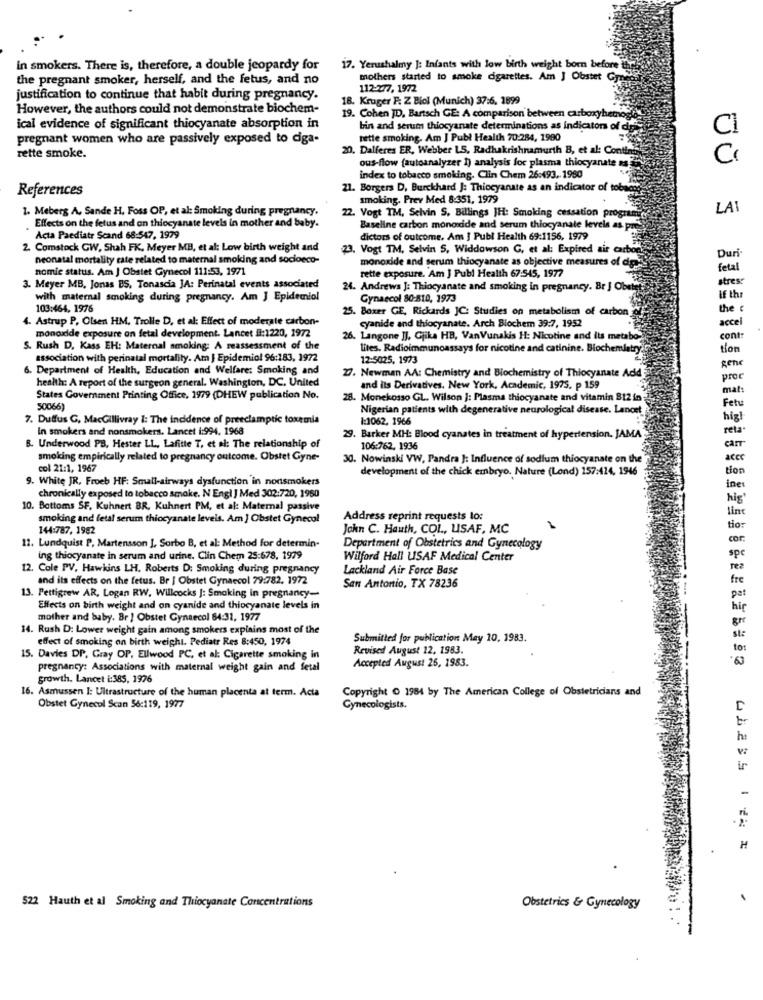
in smokers. There is, therefore, a double jeopardy for
17. Yerushalmy J: Infants with low birth weight born before
the pregnant smoker, herself, and the fetus, and no
mothers started to smoke cigarettes. Am J Obstet Gp
112-277, 1972
justification to continue that habit during pregnancy.
18. Kruger P. Z Biol (Munich) 37:6. 1899
However, the authors could not demonstrate biochem-
19. Cohen JD, Bartsch GE: A comparison between carboxyhetnogi
ical evidence of significant thiocyanate absorption in
bin and serum thiocyanate determinations as indicators of dans
CI
pregnant women who are passively exposed to ciga-
betle smoking. Am J Publ Health 70:284, 1980
20. Dalferes ER, Webber LS, Radhakrishnamurth B, et al: Conting
rette smoke.
ous-flow {autoanalyzer 1) analysis for plasma thiocyanate m.
index to tobacco smoking. Clin Chem 26:493 .. 1980
References
21. Borgers D, Burckhard J: Thiocyanate as an indicator of tobacco
smoking. Prev Med 8:351, 1979
1. Meberg A. Sande H. Foss OP, et al: Smoking during pregnancy.
LA
22. Vogt TM, Selvin S. Billings JH: Smoking cessation program
Effects on the fetus and on thiocyanate levels in mother and baby.
Baseline carbon monoxide and serum thiocyanale levels as p
Acta Paediatr Scand 68:547, 1979
dictors of outcome. Am J Publ Health 69:1156, 1979
2. Comstock GW, Shah FK. Meyer MB, et al: Low birth weight and
23. Vogt TM, Selvin S, Widdowson G, et al: Expired air carbon
Duri
neonatal mortality cate related to maternal smoking and socioeco-
monoxide and serum thiocyanate as objective measures of dig
nomic status. Am J Obstet Gynecol 111:53, 1971
rette exposure. Am J Publ Health 67:545, 1977
fetal
stres:
3. Meyer MB, Jonas BS, Tonascia JA: Perinatal events associated
24. Andrews J: Thiocyanate and smoking in pregnancy. Br J Obstet
with maternal smoking during pregnancy. Am J Epidemiol
Gynaecol 80-810, 1973
If the
103:464, 1976
25. Boxer GE, Rickards JC: Studies on metabolism of carbon
the c
4. Astrup P. Olsen HM. Trolle D, et al: Effect of moderate carbon-
accel
monoxide exposure on fetal development. Lancet #:1220, 1972
cyanide and thiocyanate. Arch Biochem 39:7, 1952
26. Langone JJ, Gjika HB, VanVunakis H: Nicotine and Its metabo-
contr
S. Rush D. Kass EH: Maternal smoking: A reassessment of the
lites. Radioimmunoassays for nicotine and catinine. Biochemistry.
tion
association with perinatal mortality. Am J Epidemiol 96:183, 1972
12-5025, 1973
6. Department of Health, Education and Welfare: Smoking and
27. Newman AA: Chemistry and Biochemistry of Thiocyanate Add
gene
health: A report of the surgeon general. Washington, DC, United
proc
and its Derivatives. New York, Academic, 1975. p 159
mat:
States Government Printing Office, 1979 (DHEW publication No.
28. Monekosso GL. Wilson ]: Plasma thiocyanate and vitamin B12 in
50066)
Nigerian patients with degenerative neurological disease. Lancet
Fetu
7. Duffus G, MacGillivray 1: The incidence of preeclamptic toxemia
1:1062, 1966
high
in smokers and nonsmokers. Lancet i:994, 1968
reta*
29. Barker MH: Blood cyanates in treatment of hypertension. JAMA
carr
B. Underwood PB, Hester LL, Lafitte T, et al: The relationship of
106:762. 1936
smoking empirically related to pregnancy outcome. Obstet Gyne-
30. Nowinski VW, Pandra ]: Influence of sodium thiocyanate on the
ACCC
col 21:1, 1967
development of the chick embryo. Nature (Lond) 157:414, 1946
tion
9. White JR, Froeb HF: Small-airways dysfunction in nonsmokers
chronically exposed to tobacco smoke. N Engl J Med 302:720, 1960
ines
hig
10. Bottoms SF. Kuhnert BR, Kuhnert PM, et al: Maternal passive
lin
smoking and fetal serum thiocyanate leveis. Am ] Obstet Gynecol
Address reprint requests lo:
144:787, 1982
John C. Hauth, COL, USAF, MC
tior
11. Lundquist P, Martensson ], Sorbo B, et al: Method for determin-
cor.
Department of Obstetrics and Gynecology
spe
ing thiocyanate in serum and urine. Clin Chem 25:678, 1979
Wilford Hall USAF Medical Center
12. Cole PV, Hawkins LH. Roberts D: Smoking during pregnancy
Lackland Air Force Base
rea
and its effects on the fetus. Br | Obstet Gynaecol 79:782. 1972
fre
San Antonio, TX 78236
pat
13. Pettigrew AR, Logan RW, Willcocks ]: Smoking in pregnancy-
Effects on birth weight and on cyanide and thiocyanate levels in
hig
mother and baby. Br ] Obstet Gynaecol 84:31, 1977
Br
14. Rush D: Lower weight gain among smokers explains most of the
effect of smoking on birth weight. Pediatr Res 8:450, 1974
Submitted for publication May 10, 1983.
Revised August 12. 1983.
to:
15. Davies DP, Gray OP, Ellwood PC, et al: Cigarette smoking in
'63
pregnancy: Associations with maternal weight gain and fetal
Accepted August 26, 1983.
growth. Lancet i:385, 1976
16. Asmussen I: Ultrastructure of the human placenta at term. Acta
Copyright O 1984 by The American College of Obstetricians and
Obstet Gynecol Scan 56:119, 1977
Gynecologists.
ht
ir
H
522 Hauth et al Smoking and Thiocyanate Concentrations
Obstetrics & Gynecology